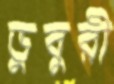
ডুবুরী